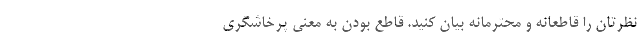
نظرتان را قاطعانه و محترمانه بیان کنید. قاطع بودن به معنی پرخاشگری